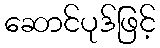
ဆောင်ပုဒ်ဖြင့်